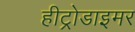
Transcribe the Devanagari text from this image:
हीट्रोडाइमर